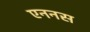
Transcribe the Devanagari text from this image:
एननस